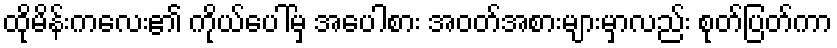
ထိုမိန်းကလေး၏ ကိုယ်ပေါ်မှ အပေါစား အဝတ်အစားများမှာလည်း စုတ်ပြတ်ကာ